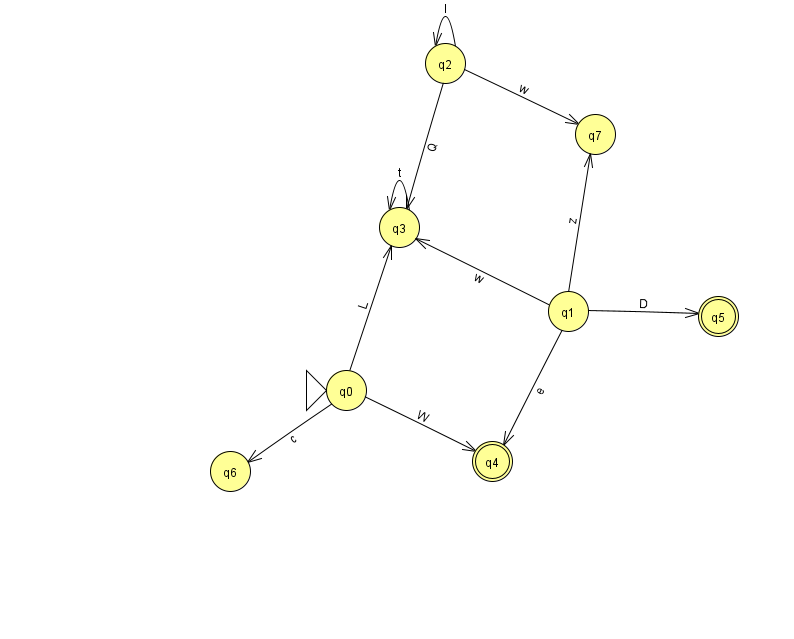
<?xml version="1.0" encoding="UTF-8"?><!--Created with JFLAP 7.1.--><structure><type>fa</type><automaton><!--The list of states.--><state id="0" name="q0"><x>346.0</x><y>377.0</y><initial/></state><state id="1" name="q1"><x>568.0</x><y>298.0</y></state><state id="2" name="q2"><x>445.0</x><y>50.0</y></state><state id="3" name="q3"><x>399.0</x><y>214.0</y></state><state id="4" name="q4"><x>492.0</x><y>448.0</y><final/></state><state id="5" name="q5"><x>718.0</x><y>303.0</y><final/></state><state id="6" name="q6"><x>230.0</x><y>458.0</y></state><state id="7" name="q7"><x>595.0</x><y>121.0</y></state><!--The list of transitions.--><transition><from>0</from><to>4</to><read>W</read></transition><transition><from>0</from><to>6</to><read>c</read></transition><transition><from>3</from><to>3</to><read>t</read></transition><transition><from>0</from><to>3</to><read>L</read></transition><transition><from>1</from><to>3</to><read>w</read></transition><transition><from>1</from><to>7</to><read>z</read></transition><transition><from>2</from><to>3</to><read>Q</read></transition><transition><from>1</from><to>5</to><read>D</read></transition><transition><from>2</from><to>2</to><read>I</read></transition><transition><from>1</from><to>4</to><read>e</read></transition><transition><from>2</from><to>7</to><read>w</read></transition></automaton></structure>